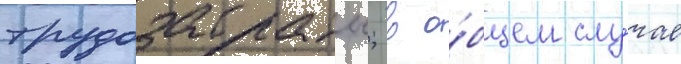
трудозатраты; в о́бщем слу́чае